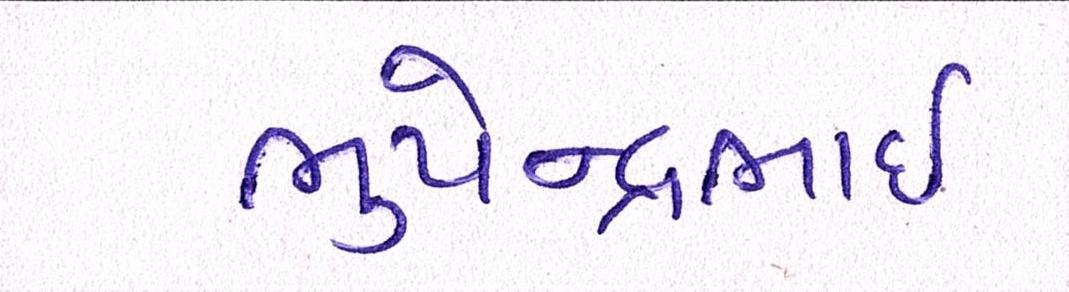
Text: ભુપેન્દ્રભાઇ